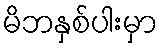
မိဘနှစ်ပါးမှာ